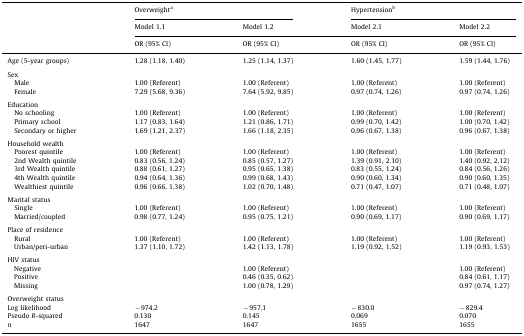
<table><thead><tr><td>[EMPTY_CELL]</td><td colspan="2"><b>Overweighta</b></td><td colspan="2"><b>Hypertensionb</b></td></tr><tr><td>[EMPTY_CELL]</td><td><b>Model 1.1</b></td><td><b>Model 1.2</b></td><td><b>Model 2.1</b></td><td><b>Model 2.2</b></td></tr><tr><td>[EMPTY_CELL]</td><td><b>OR (95% CI)</b></td><td><b>OR (95% CI)</b></td><td><b>OR (95% CI)</b></td><td><b>OR (95% CI)</b></td></tr></thead><tbody><tr><td>Age (5-year groups)</td><td>1.28 (1.18, 1.40)</td><td>1.25 (1.14, 1.37)</td><td>1.60 (1.45, 1.77)</td><td>1.59 (1.44, 1.76)</td></tr><tr><td colspan="5">[EMPTY_CELL]</td></tr><tr><td colspan="5">Sex</td></tr><tr><td> Male</td><td>1.00 (Referent)</td><td>1.00 (Referent)</td><td>1.00 (Referent)</td><td>1.00 (Referent)</td></tr><tr><td> Female</td><td>7.29 (5.68, 9.36)</td><td>7.64 (5.92, 9.85)</td><td>0.97 (0.74, 1.26)</td><td>0.97 (0.74, 1.26)</td></tr><tr><td colspan="5">[EMPTY_CELL]</td></tr><tr><td colspan="5">Education</td></tr><tr><td> No schooling</td><td>1.00 (Referent)</td><td>1.00 (Referent)</td><td>1.00 (Referent)</td><td>1.00 (Referent)</td></tr><tr><td> Primary school</td><td>1.17 (0.83, 1.64)</td><td>1.21 (0.86, 1.71)</td><td>0.99 (0.70, 1.42)</td><td>1.00 (0.70, 1.42)</td></tr><tr><td> Secondary or higher</td><td>1.69 (1.21, 2.37)</td><td>1.66 (1.18, 2.35)</td><td>0.96 (0.67, 1.38)</td><td>0.96 (0.67, 1.38)</td></tr><tr><td colspan="5">[EMPTY_CELL]</td></tr><tr><td colspan="5">Household wealth</td></tr><tr><td> Poorest quintile</td><td>1.00 (Referent)</td><td>1.00 (Referent)</td><td>1.00 (Referent)</td><td>1.00 (Referent)</td></tr><tr><td> 2nd Wealth quintile</td><td>0.83 (0.56, 1.24)</td><td>0.85 (0.57, 1.27)</td><td>1.39 (0.91, 2.10)</td><td>1.40 (0.92, 2.12)</td></tr><tr><td> 3rd Wealth quintile</td><td>0.88 (0.61, 1.27)</td><td>0.95 (0.65, 1.38)</td><td>0.83 (0.55, 1.24)</td><td>0.84 (0.56, 1.26)</td></tr><tr><td> 4th Wealth quintile</td><td>0.94 (0.64, 1.36)</td><td>0.99 (0.68, 1.43)</td><td>0.90 (0.60, 1.34)</td><td>0.90 (0.60, 1.35)</td></tr><tr><td> Wealthiest quintile</td><td>0.96 (0.66, 1.38)</td><td>1.02 (0.70, 1.48)</td><td>0.71 (0.47, 1.07)</td><td>0.71 (0.48, 1.07)</td></tr><tr><td colspan="5">[EMPTY_CELL]</td></tr><tr><td colspan="5">Marital status</td></tr><tr><td> Single</td><td>1.00 (Referent)</td><td>1.00 (Referent)</td><td>1.00 (Referent)</td><td>1.00 (Referent)</td></tr><tr><td> Married/coupled</td><td>0.98 (0.77, 1.24)</td><td>0.95 (0.75, 1.21)</td><td>0.90 (0.69, 1.17)</td><td>0.90 (0.69, 1.17)</td></tr><tr><td colspan="5">[EMPTY_CELL]</td></tr><tr><td colspan="5">Place of residence</td></tr><tr><td> Rural</td><td>1.00 (Referent)</td><td>1.00 (Referent)</td><td>1.00 (Referent)</td><td>1.00 (Referent)</td></tr><tr><td> Urban/peri-urban</td><td>1.37 (1.10, 1.72)</td><td>1.42 (1.13, 1.78)</td><td>1.19 (0.92, 1.52)</td><td>1.19 (0.93, 1.53)</td></tr><tr><td colspan="5">[EMPTY_CELL]</td></tr><tr><td colspan="5">HIV status</td></tr><tr><td> Negative</td><td>[EMPTY_CELL]</td><td>1.00 (Referent)</td><td>[EMPTY_CELL]</td><td>1.00 (Referent)</td></tr><tr><td> Positive</td><td>[EMPTY_CELL]</td><td>0.46 (0.35, 0.62)</td><td>[EMPTY_CELL]</td><td>0.84 (0.61, 1.17)</td></tr><tr><td> Missing</td><td>[EMPTY_CELL]</td><td>1.00 (0.78, 1.29)</td><td>[EMPTY_CELL]</td><td>0.97 (0.74, 1.27)</td></tr><tr><td colspan="5">[EMPTY_CELL]</td></tr><tr><td colspan="5">Overweight status</td></tr><tr><td>Log likelihood</td><td>−974.2</td><td>−957.1</td><td>−830.0</td><td>−829.4</td></tr><tr><td>Pseudo <i>R</i>-squared</td><td>0.130</td><td>0.145</td><td>0.069</td><td>0.070</td></tr><tr><td><i>n</i></td><td>1647</td><td>1647</td><td>1655</td><td>1655</td></tr></tbody></table>